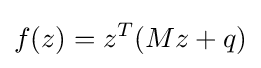
f(z)=z^{T}(Mz+q)